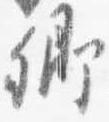
卿